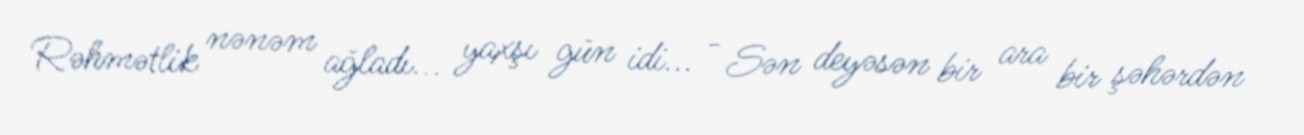
Rəhmətlik nənəm ağladı... yaxşı gün idi... - Sən deyəsən bir ara bir şəhərdən